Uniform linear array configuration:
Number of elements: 32
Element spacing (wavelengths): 0.75
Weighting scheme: cosine
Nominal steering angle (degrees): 30
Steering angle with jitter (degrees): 30.694
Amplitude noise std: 0.05
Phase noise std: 0.05

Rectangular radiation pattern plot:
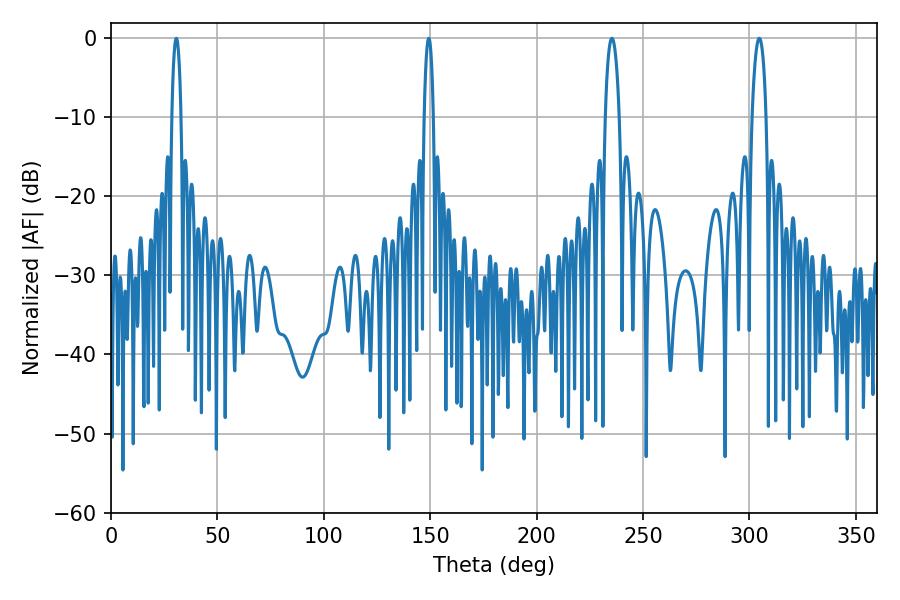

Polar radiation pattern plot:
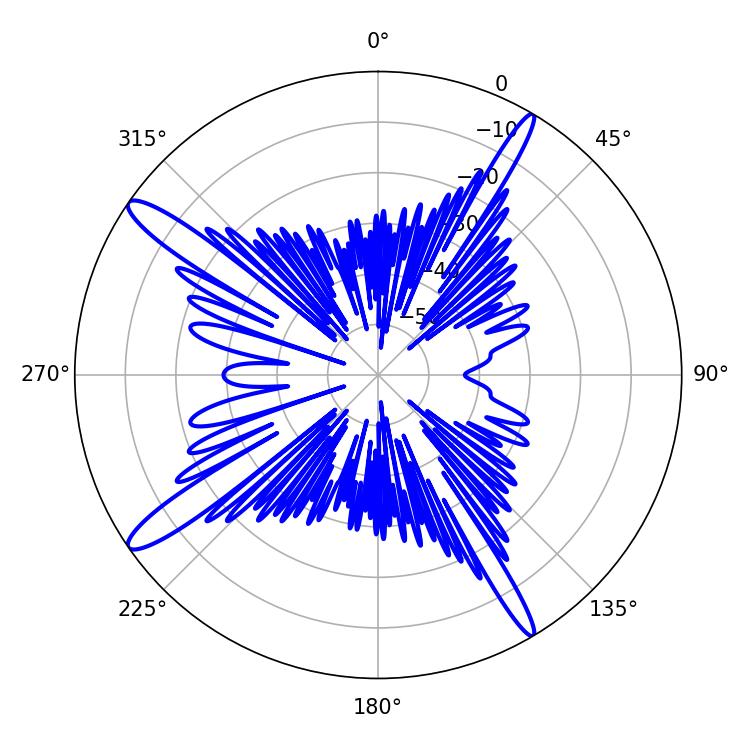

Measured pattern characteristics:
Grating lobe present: TRUE
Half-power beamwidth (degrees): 3.6
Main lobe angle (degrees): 304.56